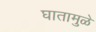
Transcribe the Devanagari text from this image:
घातामुळे